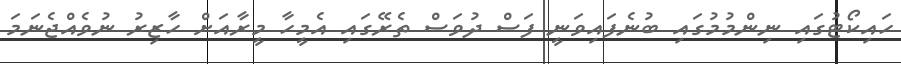
ހައިކޯޓުގައި ނިންމުމުގައި ބުނެފައިވަނީ ފަސް ދުވަސް ތެރޭގައި އެމީހާ މީރާއަށް ހާޒިރު ނުވެއްްޖެނަމަ